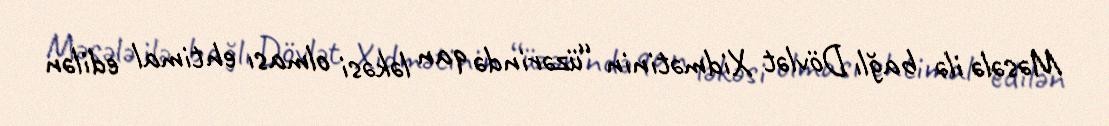
Məsələ ilə bağlı Dövlət Xidmətinin “üzərində qan ləkəsi olması ehtimal edilən